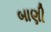
બાણી